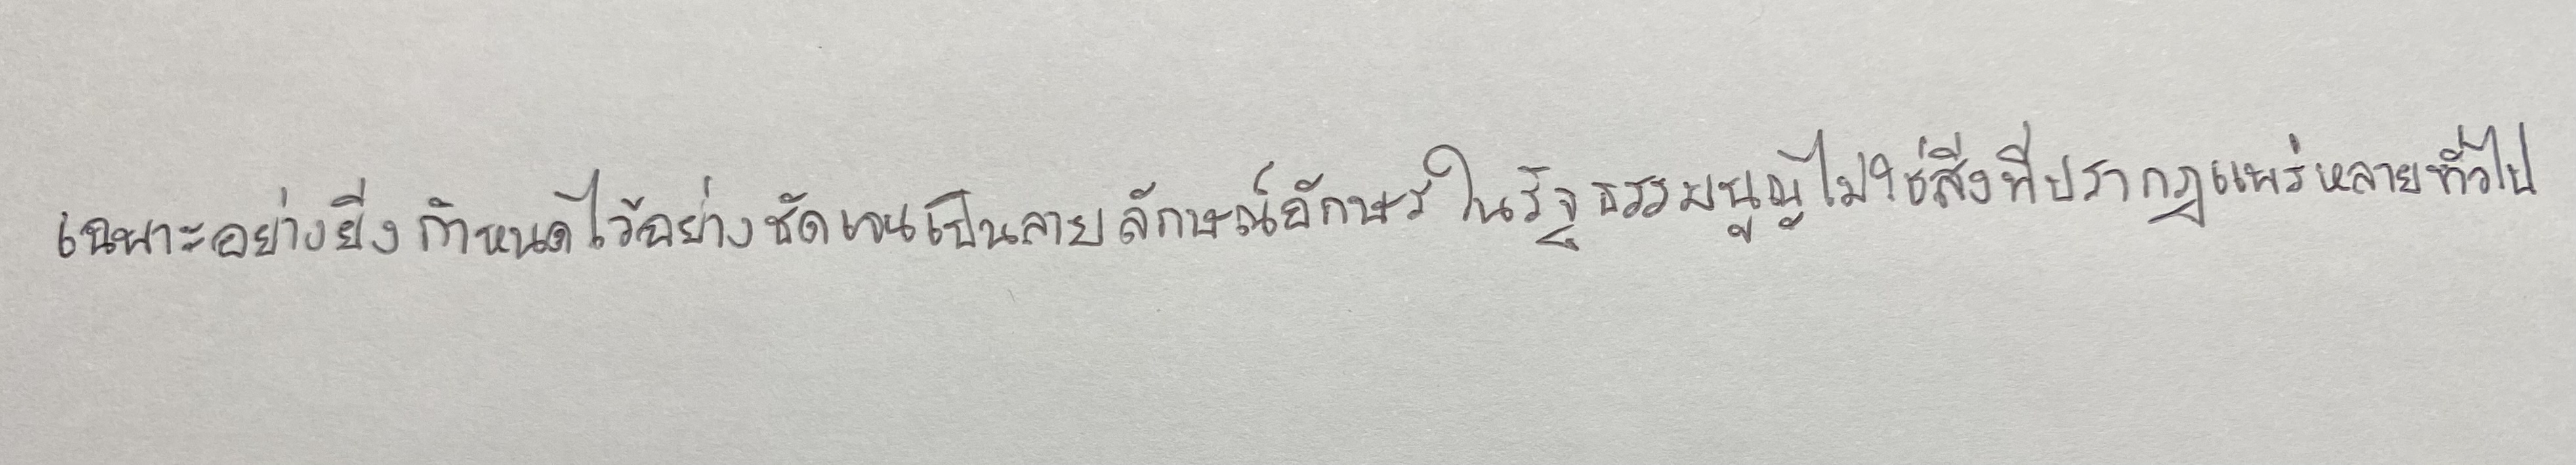
เฉพาะอย่างยิ่งกำหนดไว้อย่างชัดเจนเป็นลายลักษณ์อักษรในรัฐธรรมนูญไม่ใช่สิ่งที่ปรากฏแพร่หลายทั่วไป